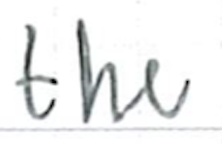
Text: the
Cross-out: clean
Writing tool: ballpoint